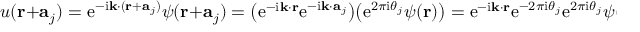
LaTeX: u ( \mathbf { r } + \mathbf { a } _ { j } ) = \mathrm { e } ^ { - \mathrm { i } \mathbf { k } \cdot ( \mathbf { r } + \mathbf { a } _ { j } ) } \psi ( \mathbf { r } + \mathbf { a } _ { j } ) = { \big ( } \mathrm { e } ^ { - \mathrm { i } \mathbf { k } \cdot \mathbf { r } } \mathrm { e } ^ { - \mathrm { i } \mathbf { k } \cdot \mathbf { a } _ { j } } { \big ) } { \big ( } \mathrm { e } ^ { 2 \pi \mathrm { i } \theta _ { j } } \psi ( \mathbf { r } ) { \big ) } = \mathrm { e } ^ { - \mathrm { i } \mathbf { k } \cdot \mathbf { r } } \mathrm { e } ^ { - 2 \pi \mathrm { i } \theta _ { j } } \mathrm { e } ^ { 2 \pi \mathrm { i } \theta _ { j } } \psi ( \mathbf { r } ) = u ( \mathbf { r } )